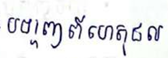
បង្ហាញពីហេតុផល